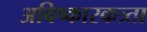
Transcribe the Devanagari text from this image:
अविष्कारकत्र्ता